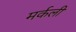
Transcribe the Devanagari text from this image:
मर्कली